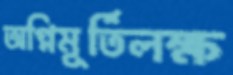
অগ্নিমূর্তিলক্ষ